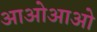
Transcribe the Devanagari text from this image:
आओआओ